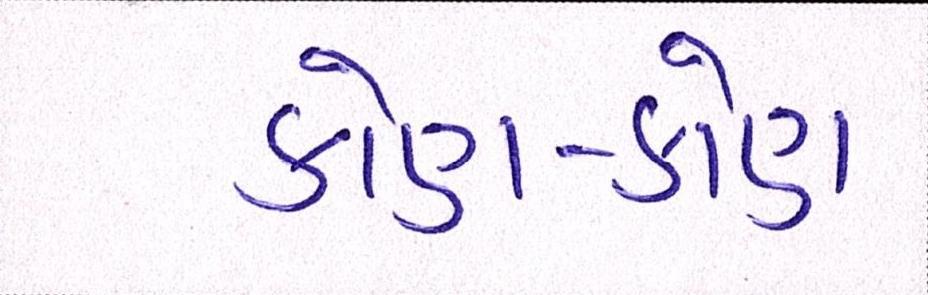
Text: કોણ-કોણ